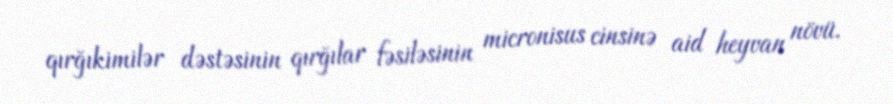
qırğıkimilər dəstəsinin qırğılar fəsiləsinin micronisus cinsinə aid heyvan növü.